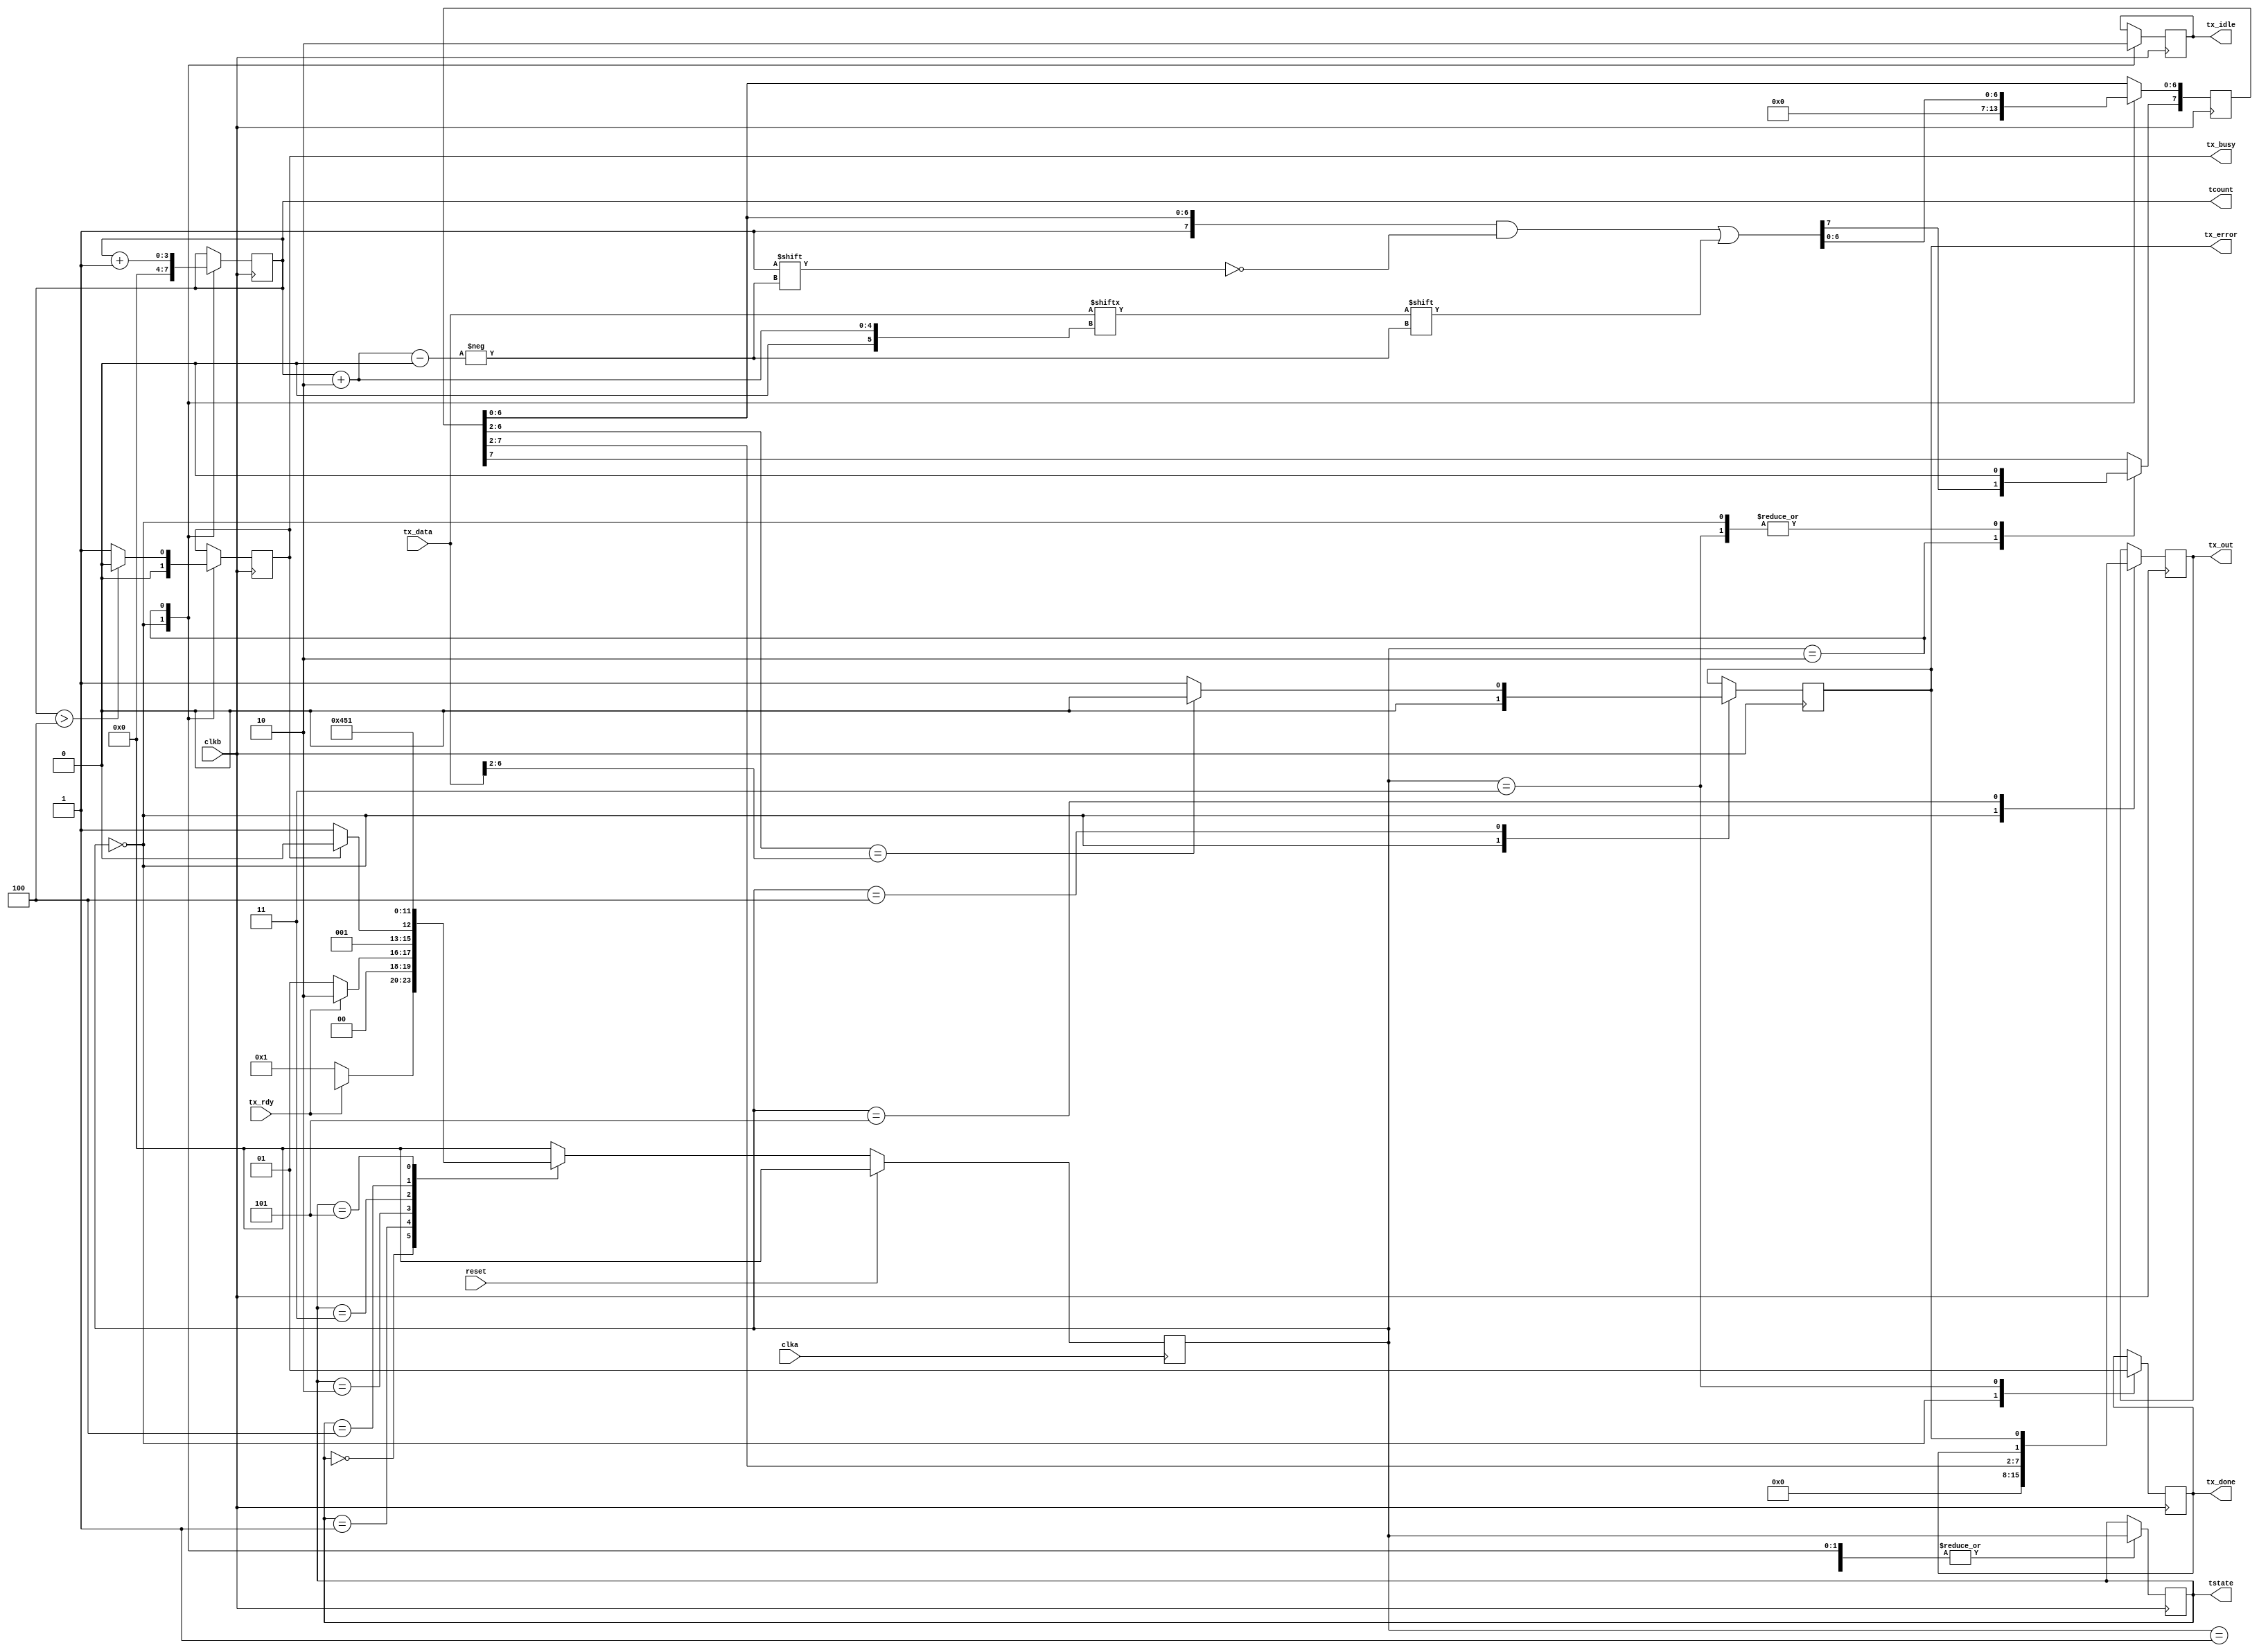
module tx_mainFSM(clka, clkb, reset, tx_data, tx_rdy, tx_busy, tx_out, tx_done, tcount, tstate, tx_error, tx_idle);

input wire clka, clkb, reset;
input wire [7:0] tx_data;
input wire tx_rdy;
output reg [7:0] tx_out;
output [3:0] tstate;
output reg [3:0] tcount;
output reg tx_error, tx_busy, tx_done, tx_idle;

reg [7:0] ttmpout =8'b00000000;

parameter SIZE = 4;
parameter S0  = 4'b0000, S1 = 4'b0001, S2 = 4'b0010, S3=4'b0011, S4=4'b0100, S5=4'b0101, S6  = 4'b0110, S7 = 4'b0111, S8 = 4'b1000;

reg   [SIZE-1:0]          tstate        ;// Seq part of the FSM
wire   [SIZE-1:0]         temp_tstate   ;// Internal tstate reg
reg   [SIZE-1:0]          next_tstate   ;// combo part of FSM

assign  temp_tstate = fsm_function(tstate, tx_rdy, tx_busy, tcount);

function [SIZE-1:0] fsm_function;
	input [SIZE-1:0] tstate;
	input tx_rdy, tx_busy;
	input [3:0] tcount;

	case(tstate)
			S0: begin 
				if(~tx_rdy) begin
					fsm_function = S1;
				end 	
									// idle stage
			end

			S1: begin
				if(tx_rdy) begin 
					fsm_function = S2;
				end
				else begin
					fsm_function = S1;
				end
		            end
 
			S2: begin 
				if (tx_busy) begin
					fsm_function = S2;
				end else begin
					fsm_function = S3;  // trasnmitting data stage
				end
			end

			S3: begin
				fsm_function = S4;    // tx_done stage
			end

			S4: begin
				fsm_function = S5;  //self check
			end

			S5: begin
				fsm_function = S1; // go back to wait for new data
			end

			default: fsm_function = S0;
    endcase
endfunction

always @ (negedge clka)
begin
  if (reset == 1'b1) begin
    next_tstate <= S0;
  end else begin
    next_tstate <= temp_tstate;
  end
end

always @ (negedge clkb)
begin
  case(next_tstate)
          S0: begin
               	tcount <= 4'b0000;
               	ttmpout  <= 8'b00000000;
		tx_out <= 0;
               	tx_error <= 0;
               	tx_idle <= 1;
		tx_busy <= 0;
		tx_done <= 0;
		tcount <= 0;
                tstate <= next_tstate;
          end
	  
  	  S1: begin
		tstate <= next_tstate;
	      end
		
          S2: begin
        	    tx_idle <= 0;
        		if (tcount > 4) begin
          			tx_busy <= 0;
          		end
          		else begin 
          			tx_busy <= 1;
      			end
      			ttmpout [7] <= 1;
      			ttmpout [tcount+2] <= tx_data[tcount+2];
          		tcount <= tcount + 1;
          		tstate <= next_tstate;
          end

          S3: begin
          		ttmpout [7] <= 0;
          		tx_done <= 1;
          		tstate <= next_tstate;
          end

          S4: begin
         		if (ttmpout [6:2]==tx_data[6:2]) begin
          			tx_error <= 0;
          		end
          		else begin
          			tx_error <= 1;
          		end
          	    tstate <= next_tstate;
          end

          S5: begin
          	   tx_out <= {ttmpout[7:2], tx_done, tx_error};
          	   tstate <= next_tstate;
          end
  endcase
end

endmodule